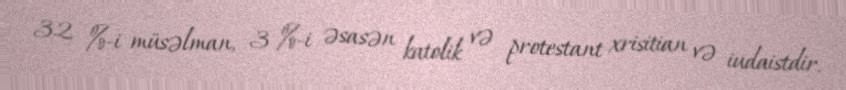
32 %-i müsəlman, 3 %-i əsasən katolik və protestant xrisitian və iudaistdir.